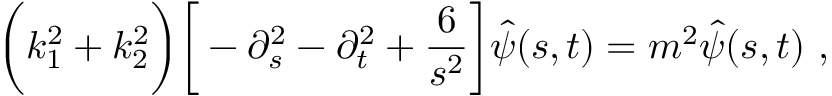
\bigg ( k _ { 1 } ^ { 2 } + k _ { 2 } ^ { 2 } \bigg ) \bigg [ - \partial _ { s } ^ { 2 } - \partial _ { t } ^ { 2 } + \frac { 6 } { s ^ { 2 } } \bigg ] \hat { \psi } ( s , t ) = m ^ { 2 } \hat { \psi } ( s , t ) ~ ,